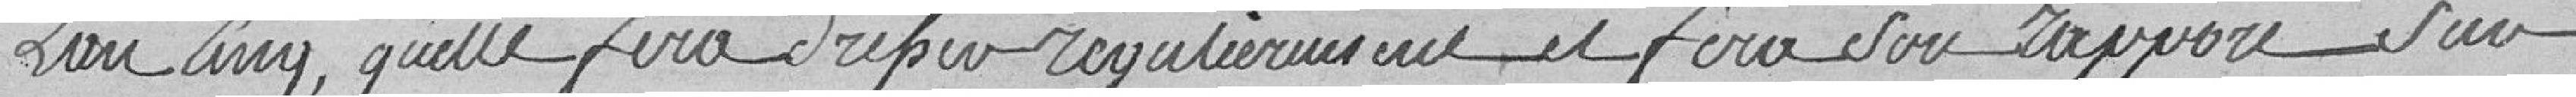
L'an cinq quelle fera dresser régulièrement et fera son rapport sur